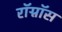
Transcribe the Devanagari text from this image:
रॉग्नॉस